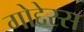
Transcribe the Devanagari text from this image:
गोद्देस्स